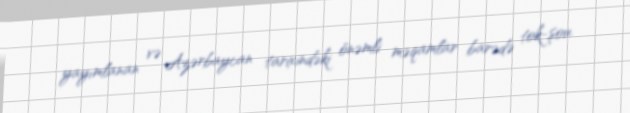
yayımlanan və Azərbaycan tarixindəki önəmli məqamlar barədə tok-şou.